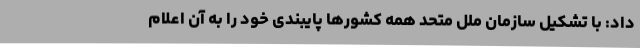
داد: با تشکیل سازمان ملل متحد همه کشورها پایبندی خود را به آن اعلام